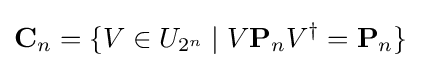
\mathbf {C} _{n}=\{V\in U_{2^{n}}\mid V\mathbf {P} _{n}V^{\dagger }=\mathbf {P} _{n}\}